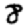
Digit: 8